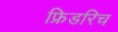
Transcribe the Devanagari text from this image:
फ्रिडरिच